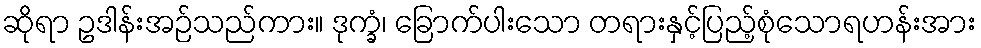
ဆိုရာ ဥဒါန်းအဉ်သည်ကား။ ဒုက္ခံ၊ ခြောက်ပါးသော တရားနှင့်ပြည့်စုံသောရဟန်းအား